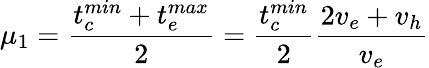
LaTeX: \mu_{1}=\frac{t_{c}^{min}+t_{e}^{max}}{2}=\frac{t_{c}^{min}}{2}\frac{2v_{e}+v_{h}}{v_{e}}